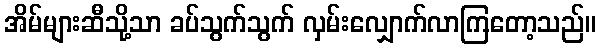
အိမ်များဆီသို့သာ ခပ်သွက်သွက် လှမ်းလျှောက်လာကြတော့သည်။